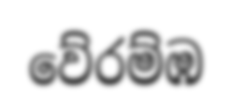
වේරම්ඹ